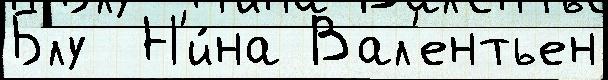
Блу  Н'и́на Вал'ентьен